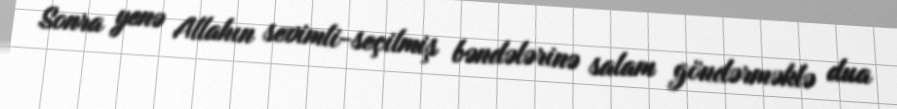
Sonra yenə Allahın sevimli-seçilmiş bəndələrinə salam göndərməklə dua